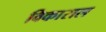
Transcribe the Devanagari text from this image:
विकाराल